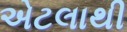
એટલાથી